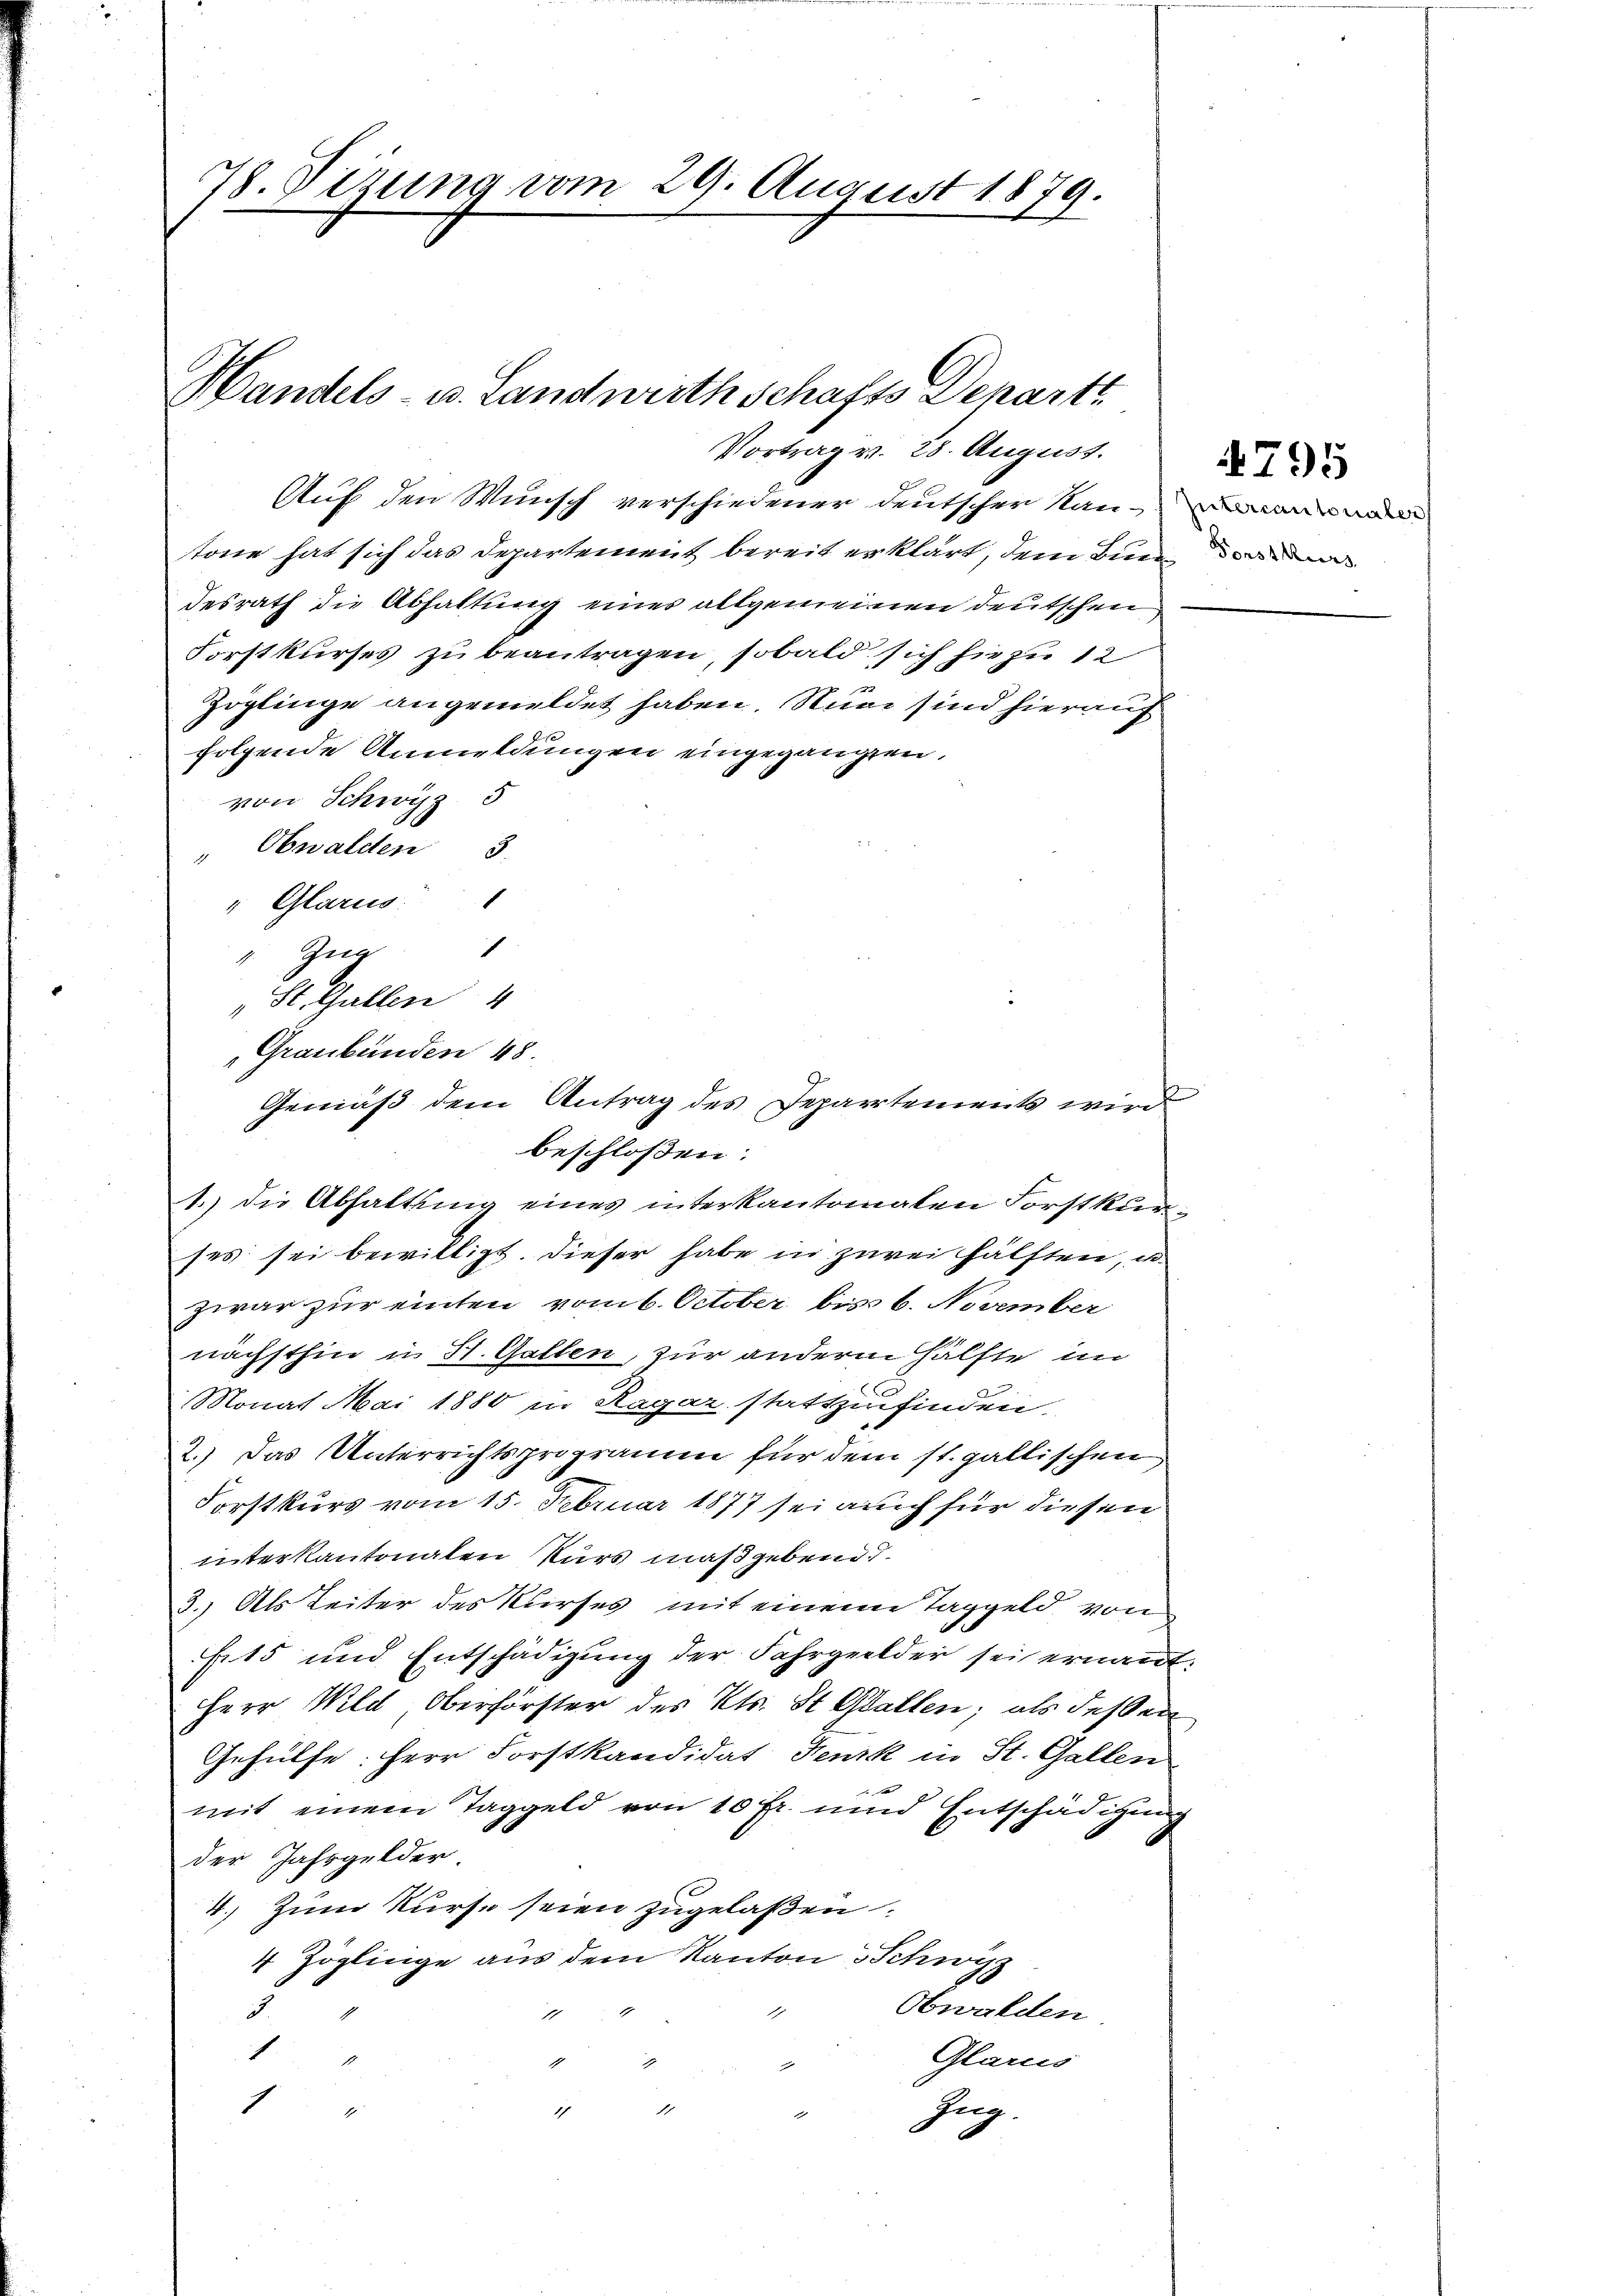
78. Sizung vom 29. August 1879.

Handels- u. Landwirthschafts Departi
Vortrag v. 28. August.

Gemäß dem Antrag des Departements wird

Auf den Wunsch verschiedener deutscher Nau-
stone hat sich das Departement bereit erklärt, dem Bunde
desrath die Abhaltung eines allgemeinen Deutschen
Forstkurses zu beantragen, sobald sich hiezu 12
Zöglinge angemeldet haben. Nun sind hierauf
folgende Anmeldungen eingegangen,
von Schwyz 5
" Obwalden 3.
" Glarus:
1
4. Zieg
St. Gallen 4
Graubünden 48.
beschloßen:
1.) Die Abhaltung eines interkantonalen Forstkurses sei bewilligt. Dieser habe in zwei hälften, u
zwar zur einten vom 6. October bis 6. November
nächsthin in St. Gallen, zur andern Hälfte an
C
Monat Mai 1880 in Ragar stattzufinden.
2.) Das Unterrichtsprogramm für dem st. gallischen
Forstkurs vom 15. Februar 1877 sei auch für diesen
unterkantonalen Kurs maßgebend d
3. Als Leiter des Kurses mit einem Taggeld von
Fr. 15 und Entschädigung der Fahrgelder sei ernannt:
Herr Wild, Oberförster des Kts. St. Gallen; als dessen
Gehülfe: Herr Forstkandidat Fenzk in St. Gallen
mit einem Taggeld von 10 Fr. und Entschädigung
der Jahrgelder.
4. Zum Kurse seien zugelaßen.
4 Zöglinge aus dem Kanton Schwyz
Obwalden
1
3
11
1
Glarus
A
.
A
1
Zug.
1
.

4795